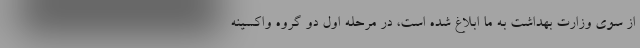
از سوی وزارت بهداشت به ما ابلاغ شده است، در مرحله اول دو گروه واکسینه